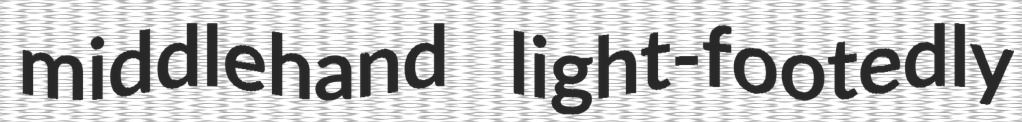
middlehand light-footedly